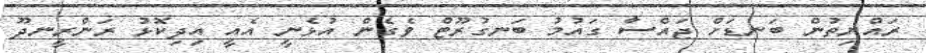
ރައްޔިތުން ބަނޑަށް ޖައްސާ ގައުމު ބަނގުރޫޓް ވެގެން އުޅެނީ އެއީ އިދިކޮޅު ރަންރީނދޫ